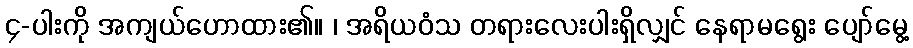
၄-ပါးကို အကျယ်ဟောထား၏။ ၊ အရိယဝံသ တရားလေးပါးရှိလျှင် နေရာမရွေး ပျော်မွေ့